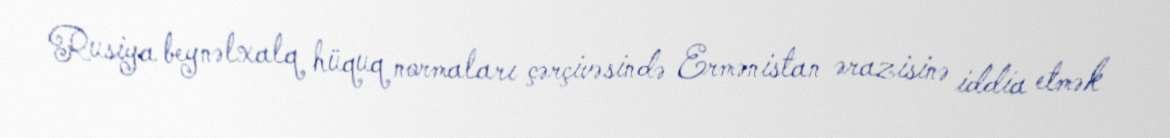
Rusiya beynəlxalq hüquq normaları çərçivəsində Ermənistan ərazisinə iddia etmək